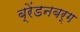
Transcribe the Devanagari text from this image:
ब्रेंडनबर्ग